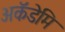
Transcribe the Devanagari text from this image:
अकॅडेमि